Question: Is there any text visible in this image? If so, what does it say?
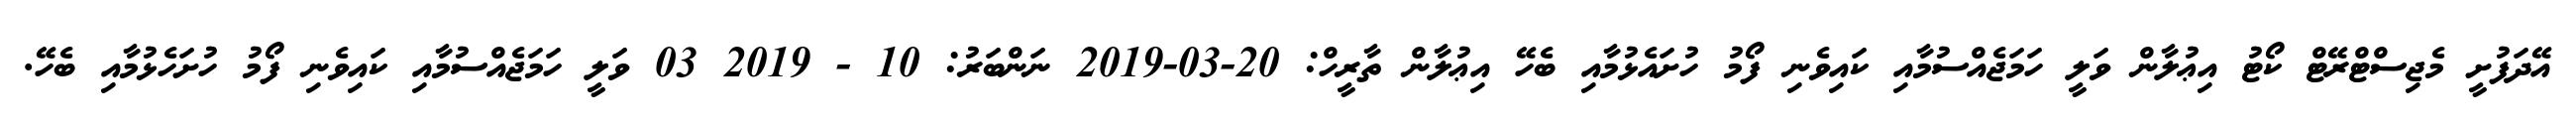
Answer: އޭދަފުށީ މެޖިސްޓްރޭޓް ކޯޓު އިޢުލާން ވަލީ ހަމަޖެއްސުމާއި ކައިވެނި ފޯމު ހުށައެޅުމާއި ބެހޭ އިޢުލާން ތާރީހް: 20-03-2019 ނަންބަރު: 10 - 2019 03 ވަލީ ހަމަޖެއްސުމާއި ކައިވެނި ފޯމު ހުށަހެޅުމާއި ބެހޭ.